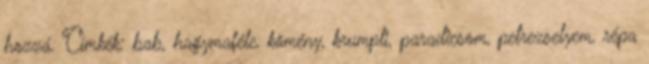
hozzá. Címkék: bab, hagymaféle, kömény, krumpli, paradicsom, petrezselyem, répa